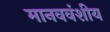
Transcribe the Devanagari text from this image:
मानववंशीय